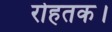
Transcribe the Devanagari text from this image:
रोहतक।